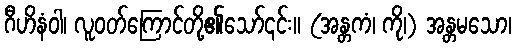
ဂီဟိနံဝါ၊ လူဝတ်ကြောင်တို့၏သော်၎င်း။ (အန္တကံ၊ ကို၊) အန္တမသော၊